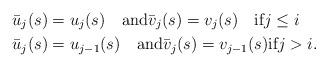
LaTeX: \begin{align*}&\bar u_j(s)=u_j(s) \quad\hbox{and}\bar v_j(s)=v_j(s) \quad\hbox{if}j\le i \\&\bar u_j(s)=u_{j-1}(s) \quad\hbox{and}\bar v_j(s)=v_{j-1}(s)\hbox{if}j>i. \end{align*}